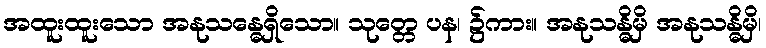
အထူးထူးသော အနုသန္ဓေရှိသော။ သုတ္တေ ပန၊ ၌ကား။ အနုသန္ဓိမှိ အနုသန္ဓိမှိ၊